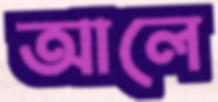
আলে